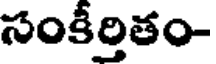
సంకీర్తితం-